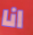
انا